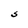
Character: S